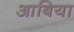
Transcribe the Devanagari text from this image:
आबिया